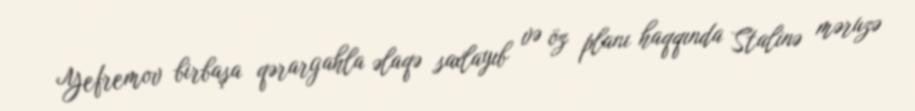
Yefremov birbaşa qərargahla əlaqə saxlayıb və öz planı haqqında Stalinə məruzə